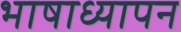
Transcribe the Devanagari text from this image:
भाषाध्यापन